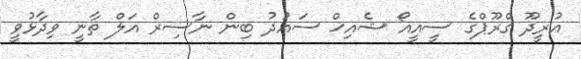
އުރީދޫ ގްރޫޕްގެ ސީއީއޯ ޝެއިޚް ސައުދު ބިން ނާސިރް އަލް ތާނީ ވިދާޅުވީ